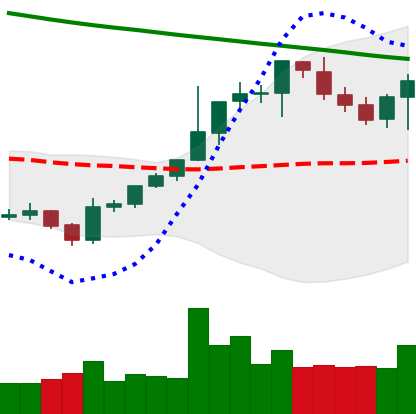
Ticker: BTC-USD
Chart end date: 2021-08-05
Forward return: 11.538%
Label: up_7plus